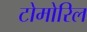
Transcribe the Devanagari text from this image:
टोमोरिल